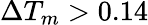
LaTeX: \Delta T_{m}>0.14